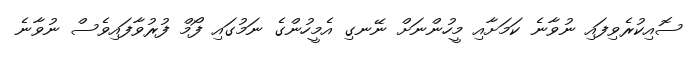
ސޮއިކުރެވިފައި ނުވާނެ ކަމަށާއި މީހުންނަށް ނޭނގި އެމީހުންގެ ނަމުގައި ފޯމް ފުރުވާފައިވެސް ނުވާނެ